Civil Veterinary Dept. Assam report 1927-50 - 1927-1950
Year: 1927
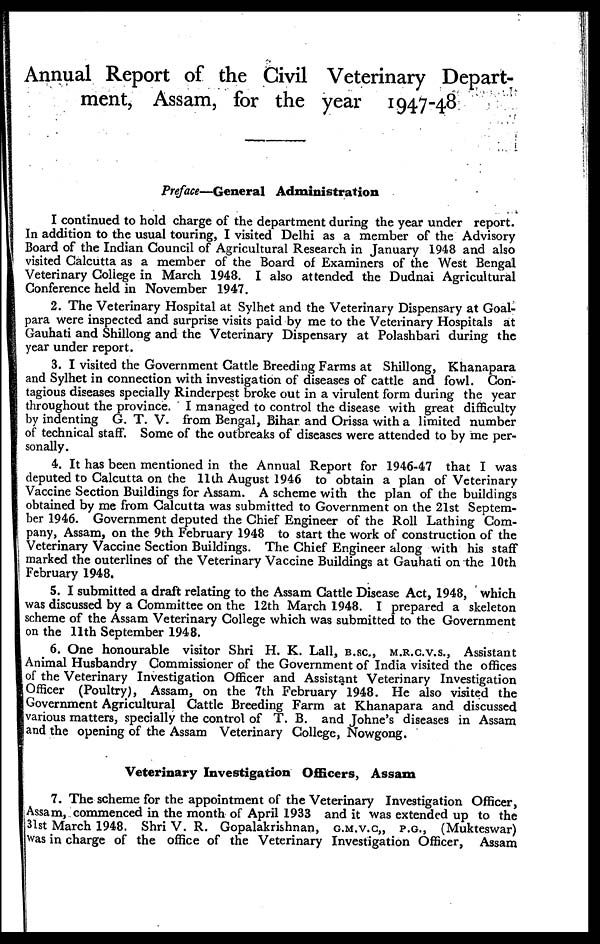
Annual Report of the Civil Veterinary Depart-
ment, Assam, for the year 1947-48
Preface—General Administration
I continued to hold charge of the department during the year under report.
In addition to the usual touring, I visited Delhi as a member of the Advisory
Board of the Indian Council of Agricultural Research in January 1948 and also
visited Calcutta as a member of the Board of Examiners of the West Bengal
Veterinary College in March 1948. I also attended the Dudnai Agricultural
Conference held in November 1947.
2. The Veterinary Hospital at Sylhet and the Veterinary Dispensary at Goal-
para were inspected and surprise visits paid by me to the Veterinary Hospitals at
Gauhati and Shillong and the Veterinary Dispensary at Polashbari during the
year under report.
3. I visited the Government Cattle Breeding Farms at Shillong, Khanapara
and Sylhet in connection with investigation of diseases of cattle and fowl. Con-
tagious diseases specially Rinderpest broke out in a virulent form during the year
throughout the province. I managed to control the disease with great difficulty
by indenting G. T. V. from Bengal, Bihar and Orissa with a limited number
of technical staff. Some of the outbreaks of diseases were attended to by me per-
sonally.
4. It has been mentioned in the Annual Report for 1946-47 that I was
deputed to Calcutta on the 11th August 1946 to obtain a plan of Veterinary
Vaccine Section Buildings for Assam. A scheme with the plan of the buildings
obtained by me from Calcutta was submitted to Government on the 21st Septem-
ber 1946. Government deputed the Chief Engineer of the Roll Lathing Com-
pany, Assam, on the 9th February 1948 to start the work of construction of the
Veterinary Vaccine Section Buildings. The Chief Engineer along with his staff
marked the outerlines of the Veterinary Vaccine Buildings at Gauhati on the 10th
February 1948.
5. I submitted a draft relating to the Assam Cattle Disease Act, 1948, which
was discussed by a Committee on the 12th March 1948. I prepared a skeleton
scheme of the Assam Veterinary College which was submitted to the Government
on the 11th September 1948.
6. One honourable visitor Shri H. K. Lall, B.SC., M.R.C.V.S., Assistant
Animal Husbandry Commissioner of the Government of India visited the offices
of the Veterinary Investigation Officer and Assistant Veterinary Investigation
Officer (Poultry), Assam, on the 7th February 1948. He also visited the
Government Agricultural Cattle Breeding Farm at Khanapara and discussed
various matters, specially the control of T. B. and Johne's diseases in Assam
and the opening of the Assam Veterinary College, Nowgong.
Veterinary Investigation Officers, Assam
7. The scheme for the appointment of the Veterinary Investigation Officer,
Assam, commenced in the month of April 1933 and it was extended up to the
31st March 1948. Shri V. R. Gopalakrishnan, G.M.V.C., P.G., (Mukteswar)
was in charge of the office of the Veterinary Investigation Officer, Assam